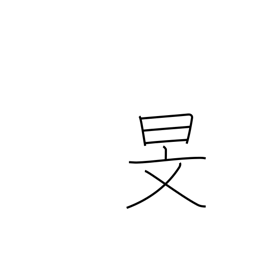
Meaning: the autumn sky